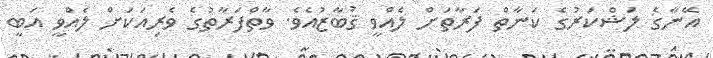
އޭނާގެ ލަޝްކަރުގެ ކަނާތް ފަރާތަށް ލެއްވީ ޤުބާޒުއެވެ. ވާތްފަރާތުގެ ވެރިއަކަށް ލެއްވީ އަބީ